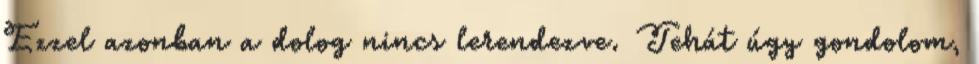
Ezzel azonban a dolog nincs lerendezve. Tehát úgy gondolom,